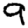
Digit: 9